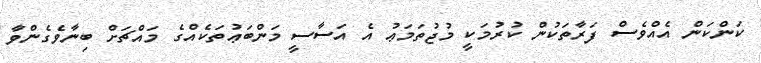
ކަންކަން އެއްވެސް ފަރާތަކުން ކުރުމަކީ މުޖުތަމަޢު އެ އަސާސީ މަންބަޢުތަކެއްގެ މައްޗަށް ބިނާވެގެންވާ